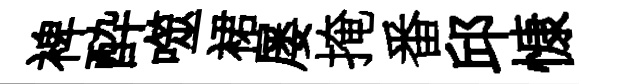
裨酔噬裙屡掩番邱慷